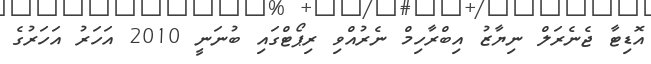
އޮޑިޓާ ޖެނެރަލް ނިޔާޒު އިބްރާހިމް ނެރުއްވި ރިޕޯޓްގައި ބުނަނީ 2010 އަހަރު އަހަރުގެ